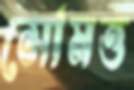
সোমত্ত